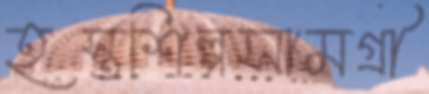
হস্তশিল্পসামগ্রী